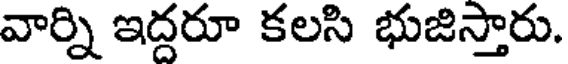
వార్ని ఇద్దరూ కలసి భుజిస్తారు.